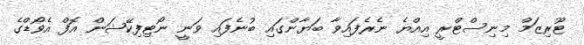
ޓޫރިޒަމް މިނިސްޓްރީ އިއްޔެ ނެރެފައިވާ ބަޔާންގައި ބުނެފައި ވަނީ ނޯޓިފިކޭޝަން އޮފް އެވޯޑްގެ